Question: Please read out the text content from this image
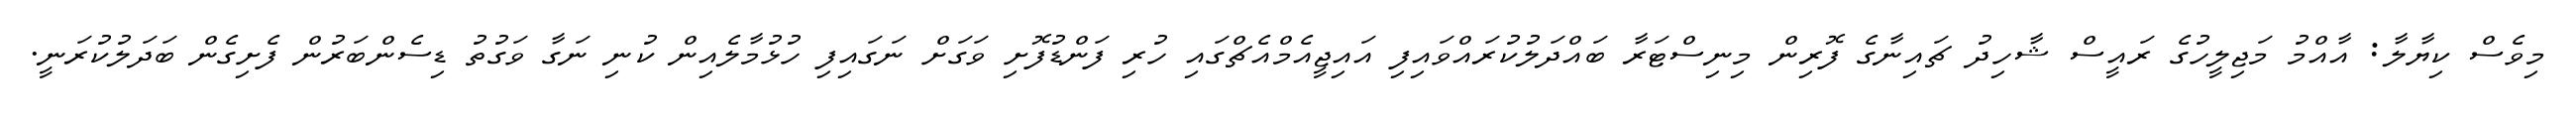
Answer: މިވެސް ކިޔާލާ: އާއްމު މަޖިލީހުގެ ރައީސް ޝާހިދު ޗައިނާގެ ފޮރިން މިނިސްޓަރާ ބައްދަލުކުރައްވައިފި އައިޖީއެމްއެޗްގައި ހުރި ފަންޑުފޮށި ވަގަށް ނަގައިފި ހުޅުމާލެއިން ކުނި ނަގާ ވަގުތު ޑިސެންބަރުން ފެށިގެން ބަދަލުކުރަނީ.